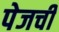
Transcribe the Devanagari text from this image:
पेजची